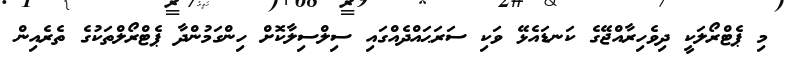
މި ޕެޓްރޯލަކީ ދިވެހިރާއްޖޭގެ ކަނޑައެޅޭ ވަކި ސަރަޙައްދެއްގައި ސިލްސިލާކޮށް ހިންގަމުންދާ ޕެޓްރޯލްތަކުގެ ތެރެއިން